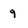
Character: g